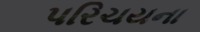
પરિચયના